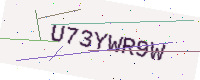
Text: U73YWR9W